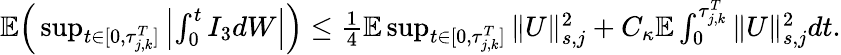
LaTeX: \begin{array}{r}{\mathbb E\Big(\operatorname*{sup}_{t\in[0,\tau_{j,k}^{T}]}\left|\int_{0}^{t}I_{3}dW\right|\Big)\leq\frac 14\mathbb E\operatorname*{sup}_{t\in[0,\tau_{j,k}^{T}]}\| U\| _{s,j}^{2}+C_{\kappa}\mathbb E\int_{0}^{\tau_{j,k}^{T}}\| U\| _{s,j}^{2}dt.}\end{array}